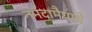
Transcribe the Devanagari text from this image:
नर्मदामैयाचे